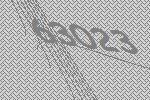
63023